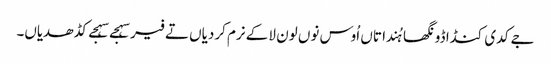
جے کدی کنڈا ڈونگھا ہُندا تاں اُوس نوں لون لا کے نرم کردیاں تے فیر سہجے سہجے کڈھدیاں۔